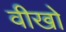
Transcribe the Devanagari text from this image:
वीखो